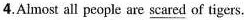
4.Almost all people are \underline{scared} of tigers.